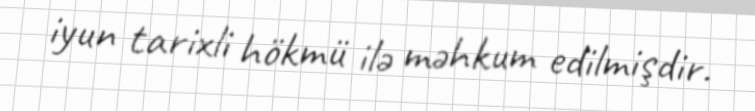
iyun tarixli hökmü ilə məhkum edilmişdir.